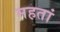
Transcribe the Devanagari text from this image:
महतां